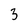
Character: 3